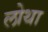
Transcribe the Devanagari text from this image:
लोथा